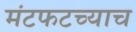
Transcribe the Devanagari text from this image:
मंटफटच्याच